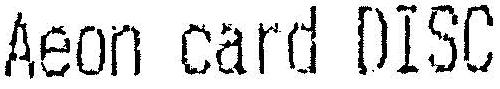
AEON CARD DISC